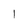
Character: 1